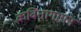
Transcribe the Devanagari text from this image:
कवितागायन